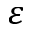
\varepsilon